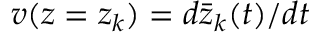
v ( z = z _ { k } ) = d \bar { z } _ { k } ( t ) / d t